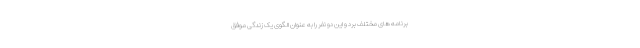
برنامه های مختلف بُرد و این دو نفر را به عنوان الگوی یک زندگی موفق